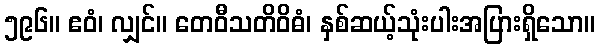
၅၉၆။ ဧဝံ၊ လျှင်။ တေဝီသတိဝိဓံ၊ နှစ်ဆယ့်သုံးပါးအပြားရှိသော။